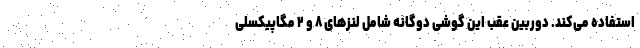
استفاده می‌کند. دوربین عقب این گوشی دوگانه شامل لنزهای ۸ و ۲ مگاپیکسلی